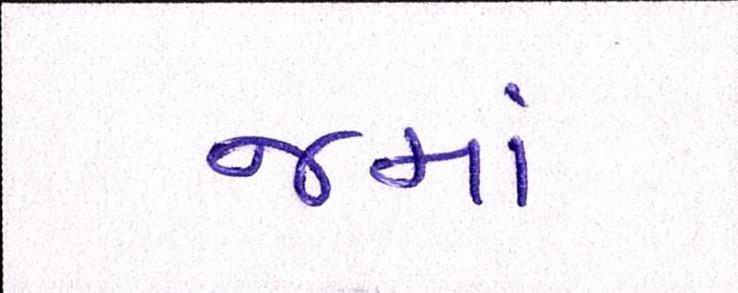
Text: જમાં